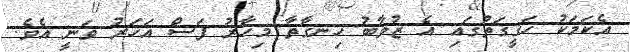
އެކަމަކު ހަގީގަތުގައި އެ ޒުވާބު ހިނގާތާ މިހާރު ފަސް އަހަރު ވަނީ އެވެ.